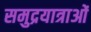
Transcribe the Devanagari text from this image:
समुद्रयात्राओं